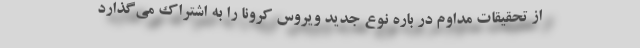
از تحقیقات مداوم در باره نوع جدید ویروس کرونا را به اشتراک می‌گذارد